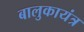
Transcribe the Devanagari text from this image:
बालुकायंत्र